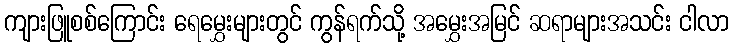
ကျားဖြူစစ်ကြောင်း ရေမွှေးများတွင် ကွန်ရက်သို့ အမွှေးအမြင် ဆရာများအသင်း ငါလာ